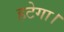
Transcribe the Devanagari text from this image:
हटेगा।